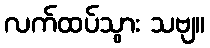
လက်ထပ်သွား သဗျ။